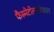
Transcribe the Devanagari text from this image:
फैस्मेटोलाजिकल